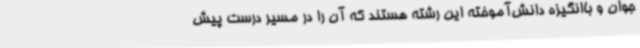
جوان و باانگیزه دانش‌آموخته این رشته هستند که آن را در مسیر درست پیش